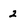
Character: 2